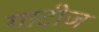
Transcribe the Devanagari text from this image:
गाटीज